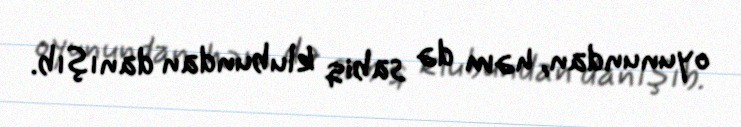
oyunundan, həm də sabiq klubundan danışıb.